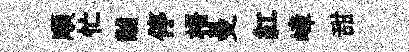
順忙黼停梧曼紅嶂甜